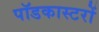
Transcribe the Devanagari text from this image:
पॉडकास्टरों